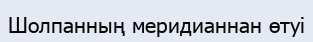
Шолпанның меридианнан өтуі